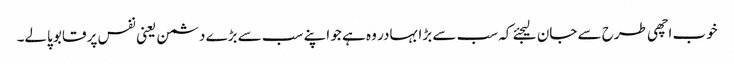
خوب اچھی طرح سے جان لیجئے کہ سب سے بڑا بہادر وہ ہے جو اپنے سب سے بڑے دشمن یعنی نفس پر قابو پالے۔